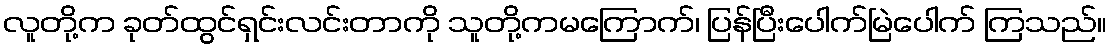
လူတို့က ခုတ်ထွင်ရှင်းလင်းတာကို သူတို့ကမကြောက်၊ ပြန်ပြီးပေါက်မြဲပေါက် ကြသည်။